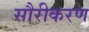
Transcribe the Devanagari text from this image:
सौरीकरण